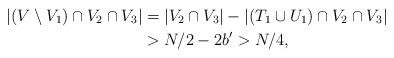
LaTeX: \begin{align*}| (V\setminus V_1)\cap V_2\cap V_3|&= |V_2\cap V_3|-|(T_1\cup U_1)\cap V_2\cap V_3|\\&>N/2-2b'> N/4, \end{align*}